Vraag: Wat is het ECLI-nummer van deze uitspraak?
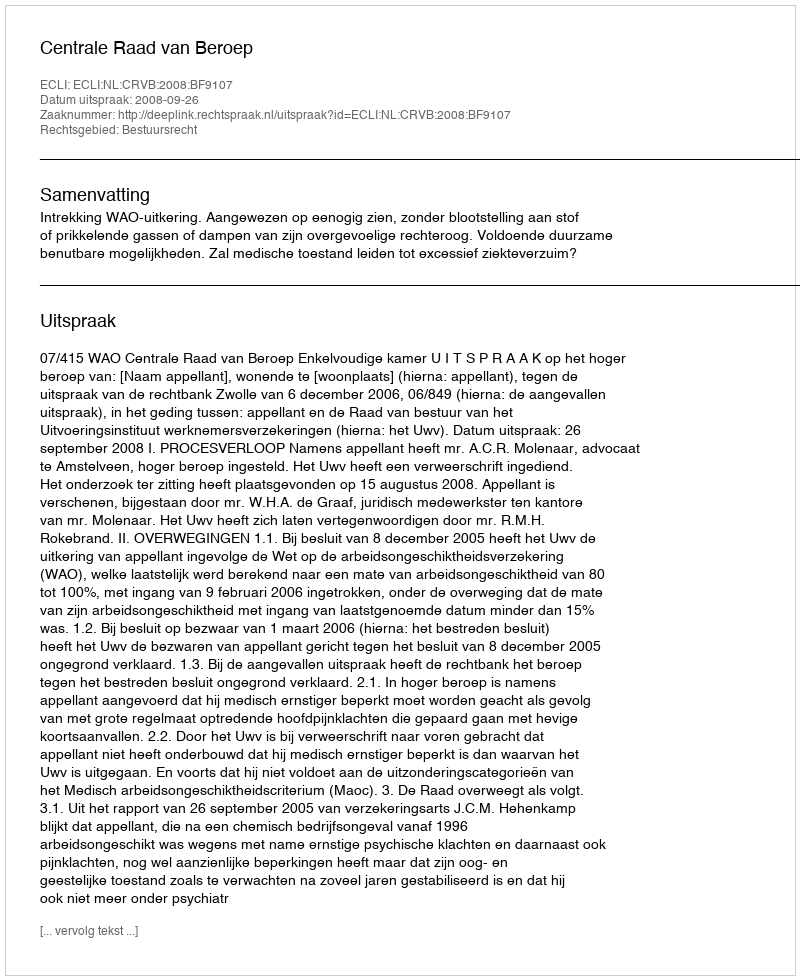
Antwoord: ECLI:NL:CRVB:2008:BF9107